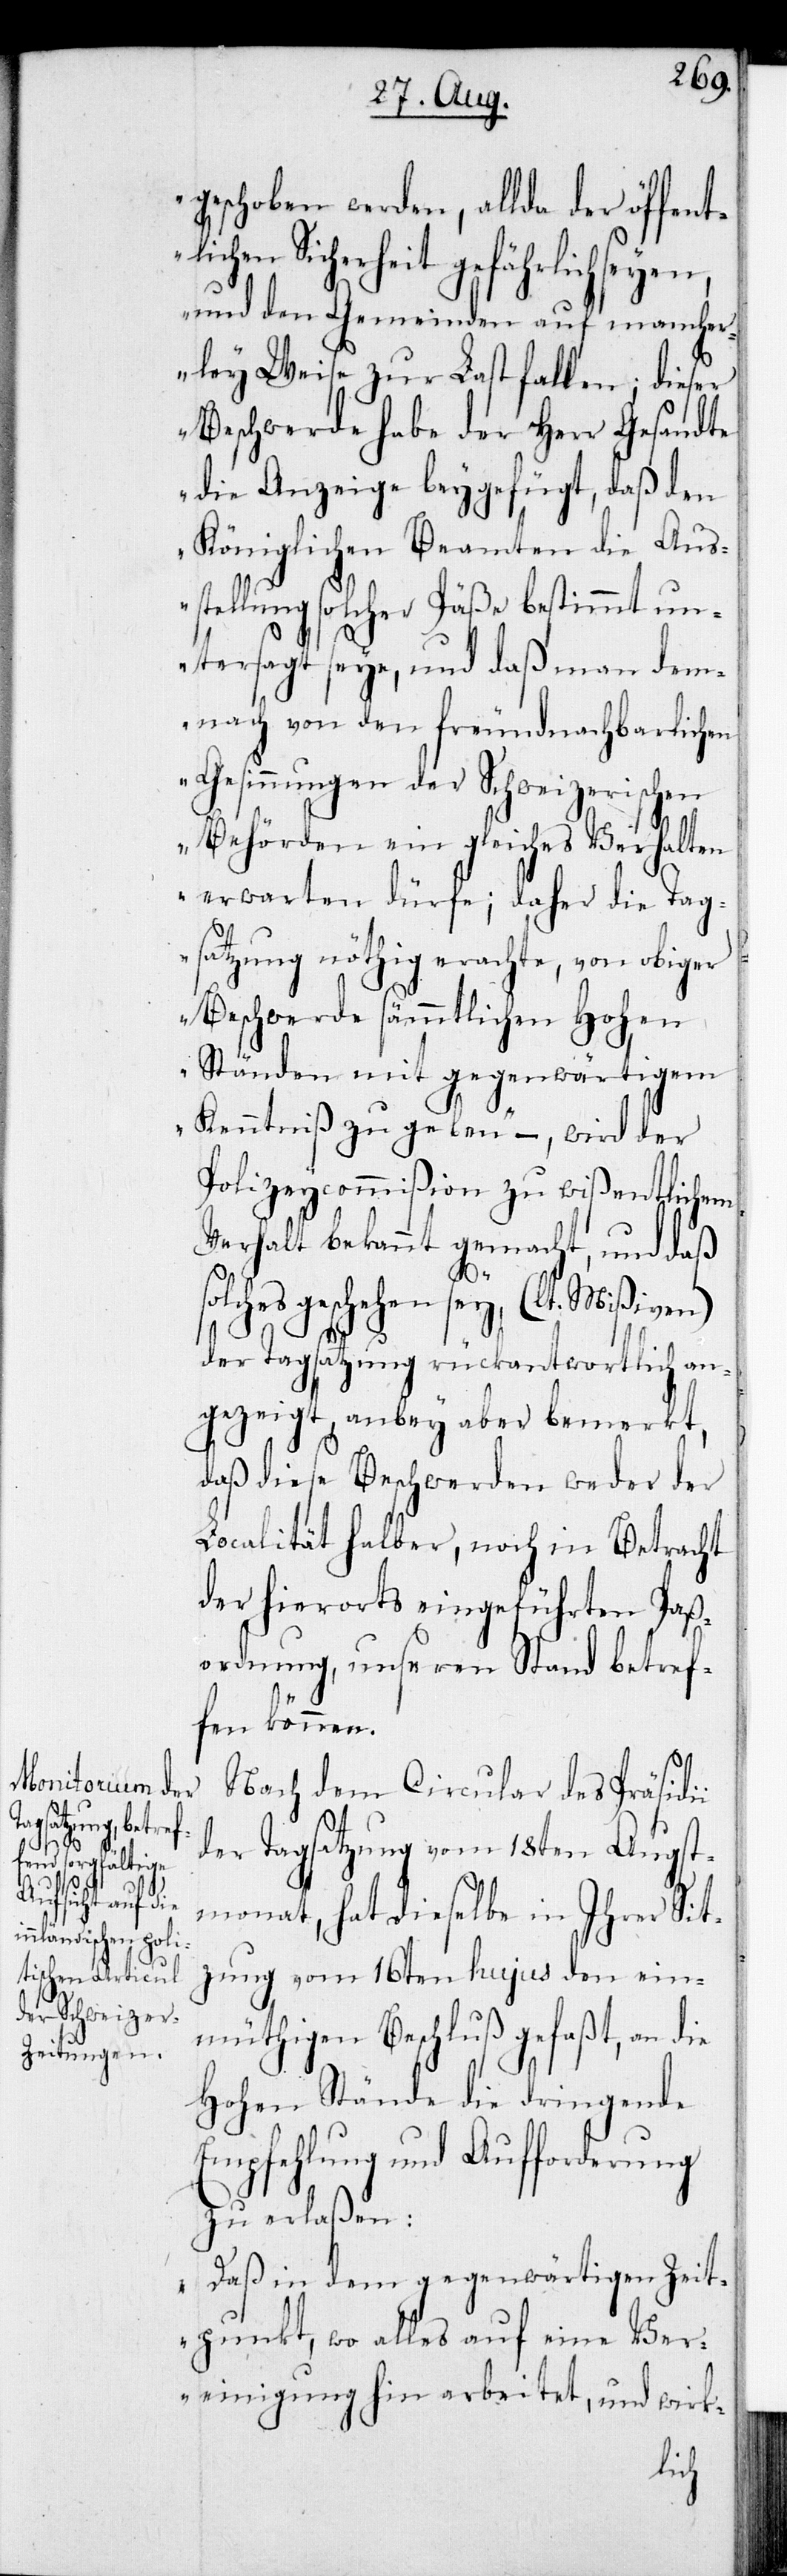
i

geschoben werden, allda der öffent¬
hen Sicherheit gefährlich
und den Gemeinden auf manche¬
rley Weise zur Last fallen; dieser
Beschwerde habe der Herr Gesandte
die Anzeige beygefügt, daß den
Königlichen Beamten die Aus¬
stellung solcher Päße bestimmt un¬
tersagt seye, und daß man dem¬
nach von den freundnachbarlichen
Gesinnungen der Schweizerischen
Behörden ein gleiches Verhalten
erwarten dürfe; daher die Tag¬
satzung nöthig erachte, von obiger
Beschwerde sämmtlichen Hohen
Ständen mit gegenwärtigem
Kenntniß zu geben.“ – , wird der
Polizeycommißion zu wißentlichem
Verhalt bekannt gemacht, und daß s¬
olches geschehen sey, (lt. Mißiven)
der Tagsatzung rückantwortlich an¬
gezeigt, anbey aber bemerkt,
daß diese Beschwerden weder der
Localität halber, noch in Betracht
der hierorts eingeführten Paß¬
ordnung unseren Stand betref¬
fen können.
Nach dem Circular des Präsidi¬
der Tagsatzung vom 18ten Augst¬
monat, hat dieselbe in Ihrer Sit¬
zung vom 16ten hujus den ein¬
müthigen Beschluß gefaßt, an die
Hohen Stände die dringende
Empfehlung und Aufforderung
zu erlaßen:
„Daß in dem gegenwärtigen Zeit¬
punkt, wo alles auf eine Ver¬
einigung hin arbeitet, und wirk-
lic¬